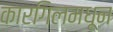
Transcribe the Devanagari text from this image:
कारगिलमधून